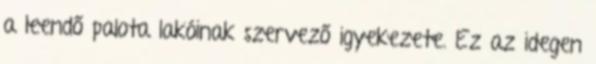
a leendő palota lakóinak szervező igyekezete. Ez az idegen